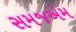
સમજએમ